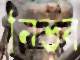
নিভব